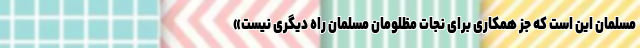
مسلمان این است که جز همکاری برای نجات مظلومان مسلمان راه دیگری نیست»